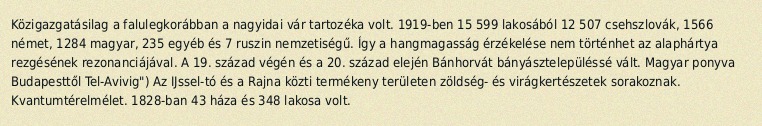
Közigazgatásilag a falulegkorábban a nagyidai vár tartozéka volt. 1919-ben 15 599 lakosából 12 507 csehszlovák, 1566 német, 1284 magyar, 235 egyéb és 7 ruszin nemzetiségű. Így a hangmagasság érzékelése nem történhet az alaphártya rezgésének rezonanciájával. A 19. század végén és a 20. század elején Bánhorvát bányásztelepüléssé vált. Magyar ponyva Budapesttől Tel-Avivig") Az IJssel-tó és a Rajna közti termékeny területen zöldség- és virágkertészetek sorakoznak. Kvantumtérelmélet. 1828-ban 43 háza és 348 lakosa volt.